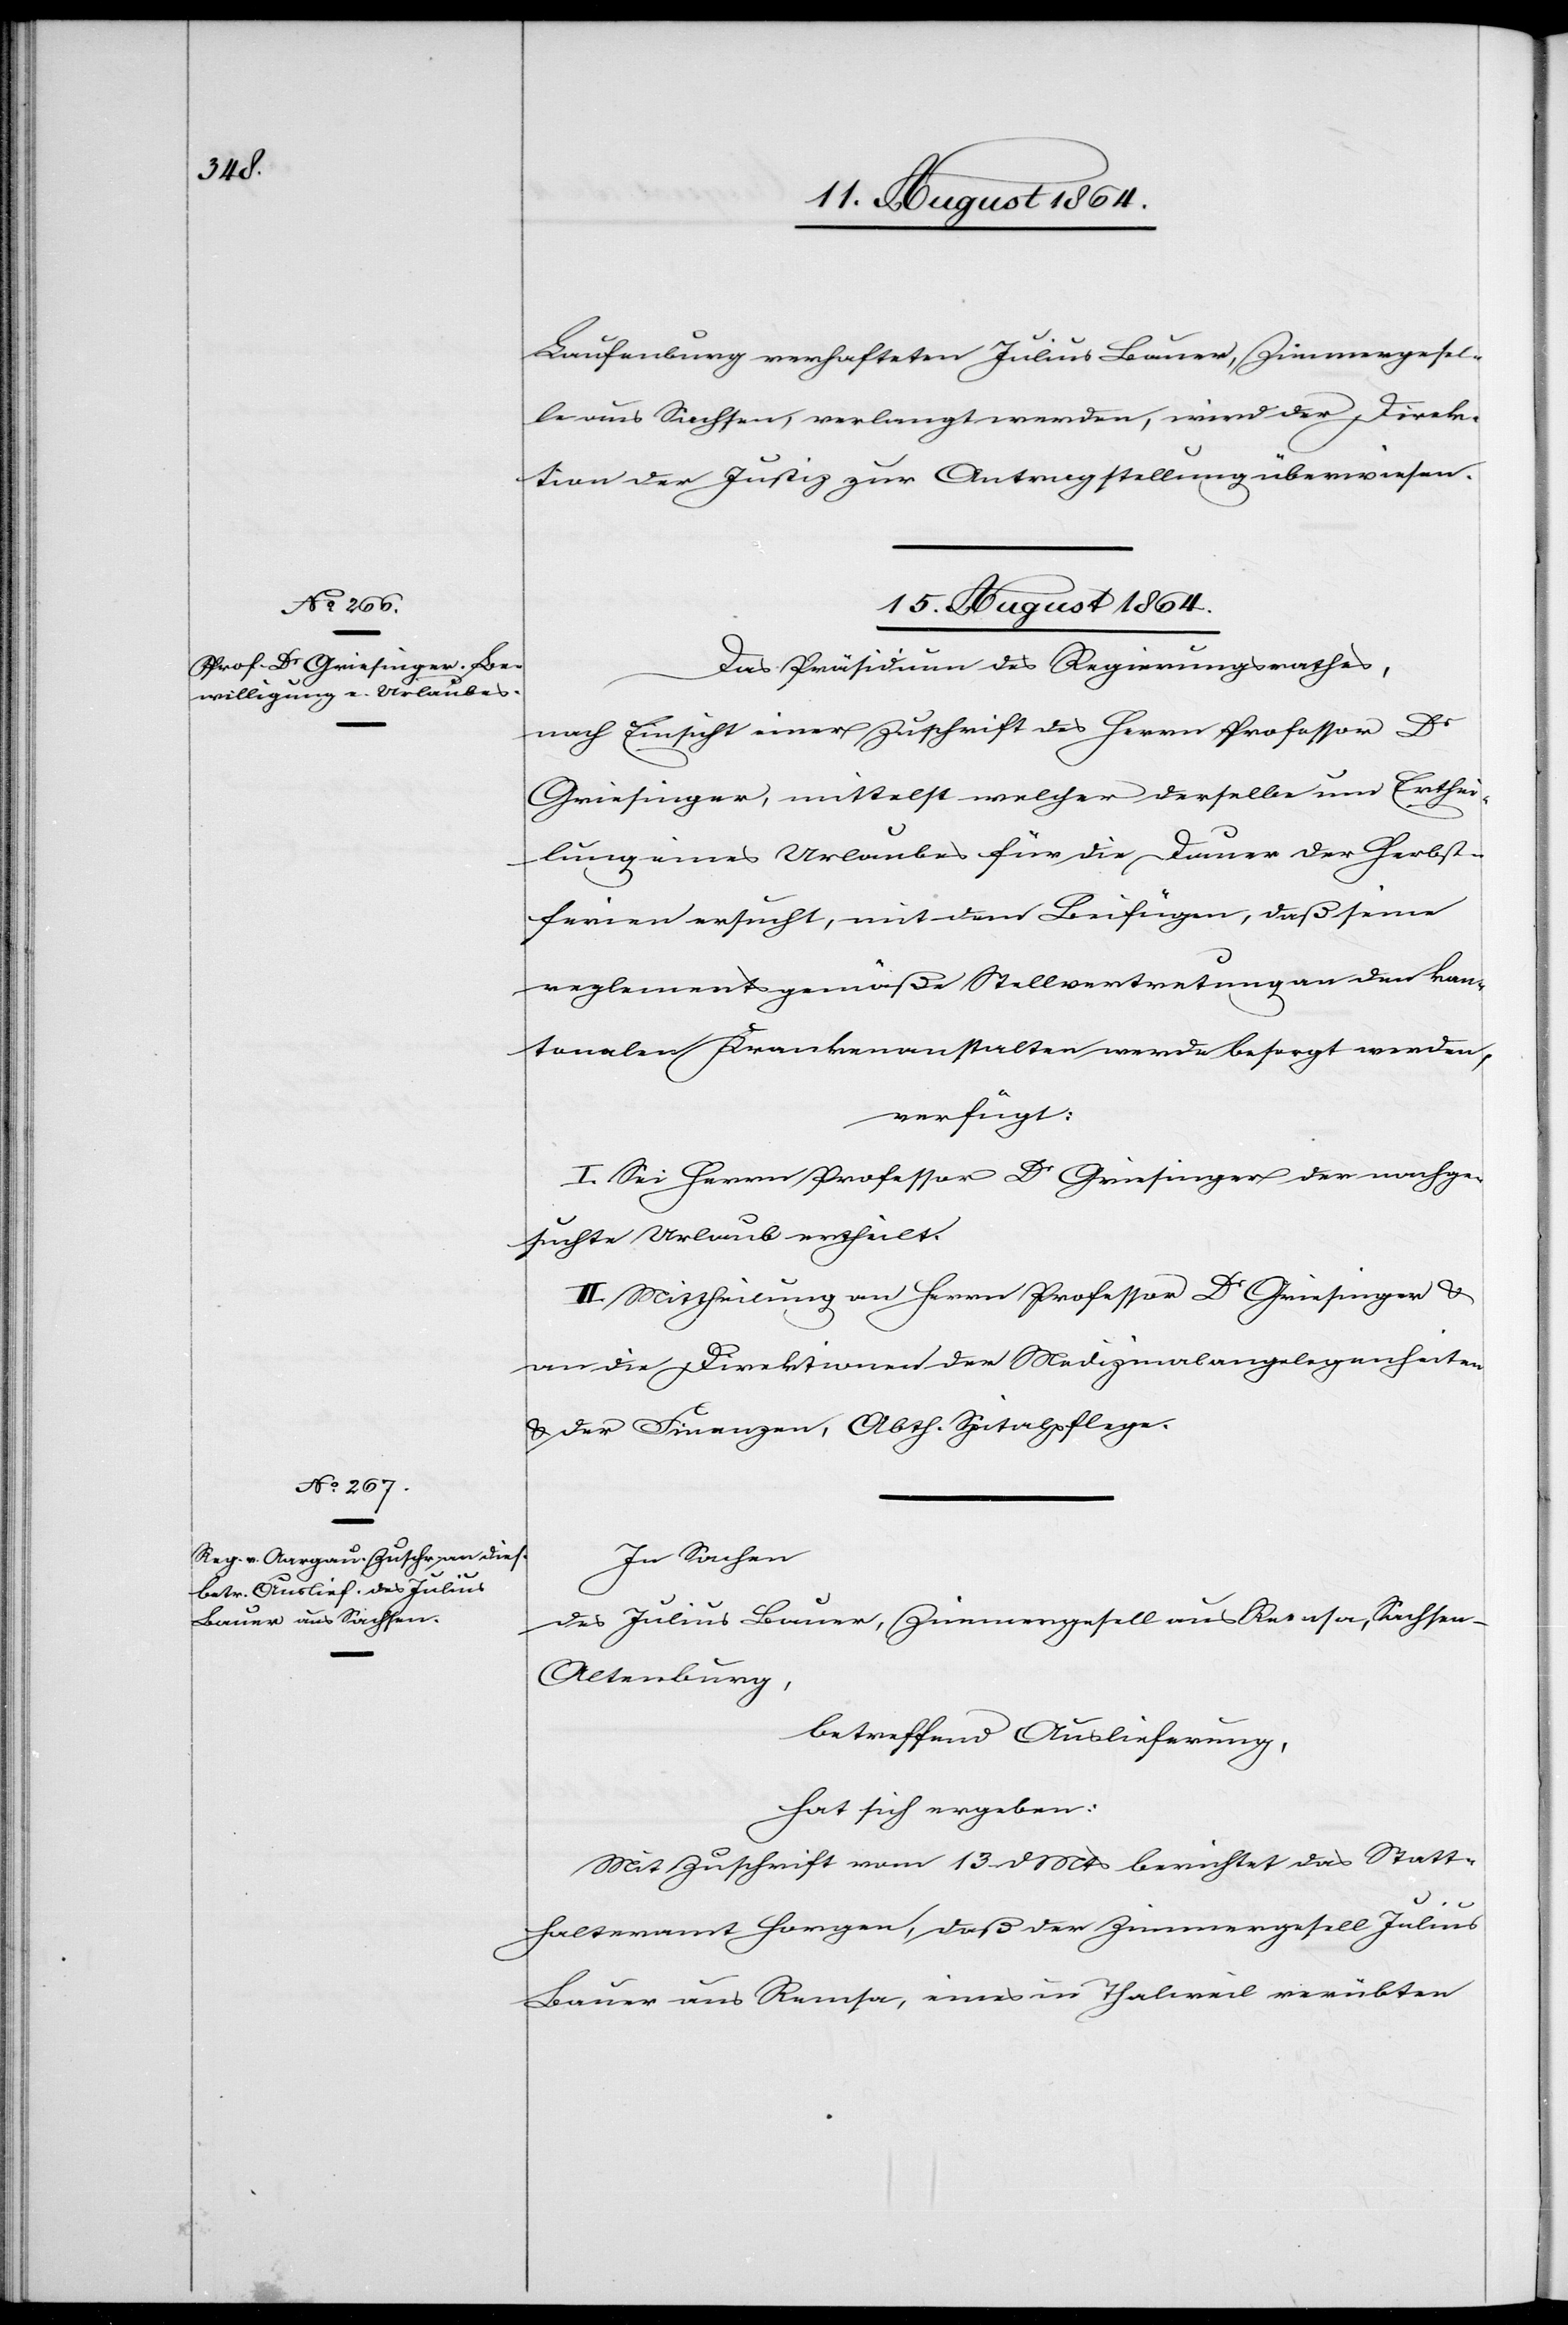
15. August 1864.]
Laufenburg verhafteten Julius Bauer, Zimmergesel¬
le aus Sachsen, verlangt werden, wird der Direk¬
tion der Justiz zur Antragstellung überwiesen.
15. August 1864.
Das Präsidium des Regierungsrathes,
nach Einsicht einer Zuschrift des Herrn Professor Dr
Griesinger, mittelst welcher derselbe um Erthei¬
lung eines Urlaubes für die Dauer der Herbst¬
ferien ersucht, mit dem Beifügen, daß seine
reglementsgemäße Stellvertretung an den kan¬
tonalen Krankenanstalten werde besorgt werden,
verfügt:
I. Sei Herrn Professor Dr Griesinger der nachge¬
suchte Urlaub ertheilt.
II. Mittheilung an Herrn Professor Dr Griesinger &
an die Direktionen der Medizinalangelegenheiten
& der Finanzen, Abtheilung Spitalpflege.
In Sachen
des Julius Bauer, Zimmergesell aus Remsa, Sachsen-A¬
ltenburg,
betreffend Auslieferung,
hat sich ergeben:
Mit Zuschrift vom 13. d. Mts. berichtet das Statt¬
halteramt Horgen, daß der Zimmergesell Julius
Bauer aus Remsa, eines in Thalweil verübten